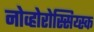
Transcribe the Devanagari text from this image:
नोव्होरोस्सिय्स्क